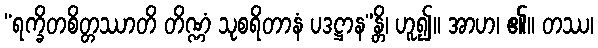
“ရက္ခိတစိတ္တဿာတိ တိဏ္ဏံ သုစရိတာနံ ပဒဋ္ဌာန”န္တိ၊ ဟူ၍။ အာဟ၊ ၏။ တဿ၊